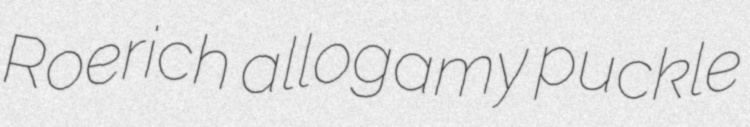
Roerich allogamy puckle